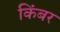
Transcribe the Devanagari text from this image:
किंबर